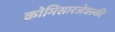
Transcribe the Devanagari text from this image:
क्रोमिसारजेवस्की